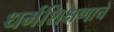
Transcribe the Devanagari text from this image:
धर्मशिक्षणाचे